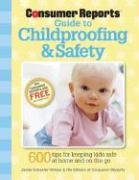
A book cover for Consumer Reports Guide to Childproofing & Safety; Jamie Schaefer-Wilson; Health, Fitness & Dieting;